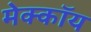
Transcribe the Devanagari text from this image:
मेक्कॉय